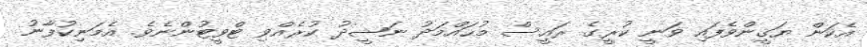
އެކަން ޔަޤީންވެފައި ވަނީ ކުރީގެ ރައީސް މުޙައްމަދު ނަޝީދު ކުރެއްވި ޓްވީޓުންނެވެ. އެމަނިކުފާނު